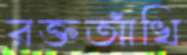
রক্তআঁখি